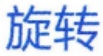
旋转